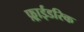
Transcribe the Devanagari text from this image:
फ़्राईडरिक